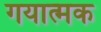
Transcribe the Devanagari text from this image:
गयात्मक